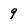
Character: 9